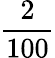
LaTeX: \frac{2}{100}